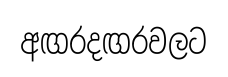
අඟරදඟරවලට